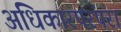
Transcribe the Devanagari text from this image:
अधिकारपरंपरा